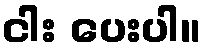
ငါး ပေးပါ။